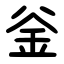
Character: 釡